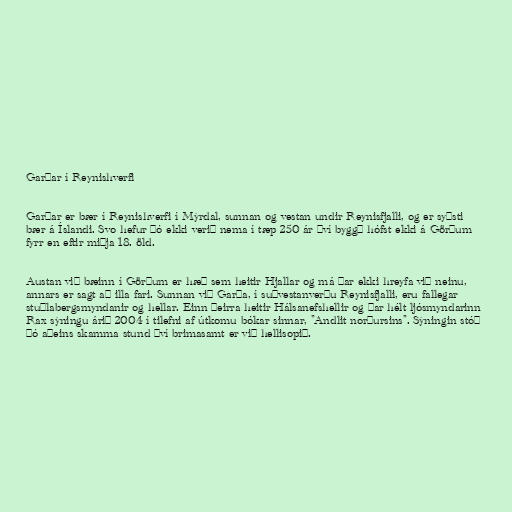
Garðar í Reynishverfi

Garðar er bær í Reynishverfi í Mýrdal, sunnan og vestan undir Reynisfjalli, og er syðsti
bær á Íslandi. Svo hefur þó ekki verið nema í tæp 250 ár því byggð hófst ekki á Görðum
fyrr en eftir miðja 18. öld.

Austan við bæinn í Görðum er hæð sem heitir Hjallar og má þar ekki hreyfa við neinu,
annars er sagt að illa fari. Sunnan við Garða, í suðvestanverðu Reynisfjalli, eru fallegar
stuðlabergsmyndanir og hellar. Einn þeirra heitir Hálsanefshellir og þar hélt ljósmyndarinn
Rax sýningu árið 2004 í tilefni af útkomu bókar sinnar, "Andlit norðursins". Sýningin stóð
þó aðeins skamma stund því brimasamt er við hellisopið.